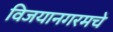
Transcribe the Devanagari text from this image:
विजयानगरमचे